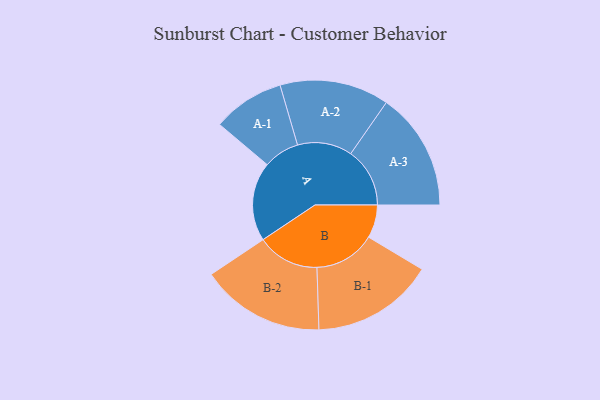
{"axis": {"x": "Segment", "y": "Value"}, "legend": ["", "A", "B"], "data": [{"x": "A", "y": 253, "type": ""}, {"x": "B", "y": 106, "type": ""}, {"x": "A-1", "y": 115, "type": "A"}, {"x": "A-2", "y": 175, "type": "A"}, {"x": "A-3", "y": 189, "type": "A"}, {"x": "B-1", "y": 196, "type": "B"}, {"x": "B-2", "y": 199, "type": "B"}]}